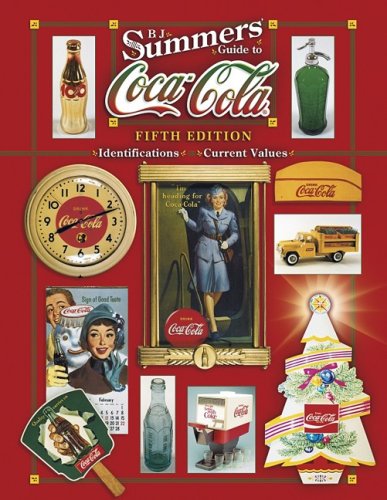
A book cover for B. J. Summers' Guide To Coca-Cola (B J Summer's Guide to Coca Cola Identification); B. J. Summers; Crafts, Hobbies & Home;